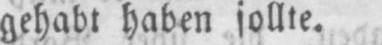
gehabt haben sollte.